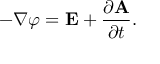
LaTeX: - \nabla \varphi = \mathbf { E } + { \frac { \partial \mathbf { A } } { \partial t } } .